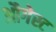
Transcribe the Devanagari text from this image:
औगेस्ट